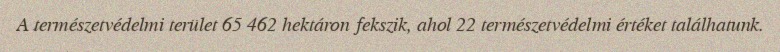
A természetvédelmi terület 65 462 hektáron fekszik, ahol 22 természetvédelmi értéket találhatunk.